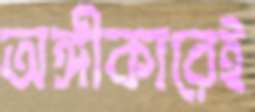
অঙ্গীকারেই